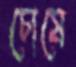
চোষে